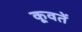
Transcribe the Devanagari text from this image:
कूवतें